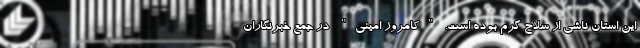
این استان ناشی از سلاح گرم بوده است. "کامروز امینی" در جمع خبرنگاران